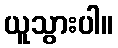
ယူသွားပါ။